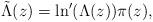
LaTeX: \begin{align*}\tilde{\Lambda}(z)=\ln'(\Lambda(z))\pi(z),\end{align*}